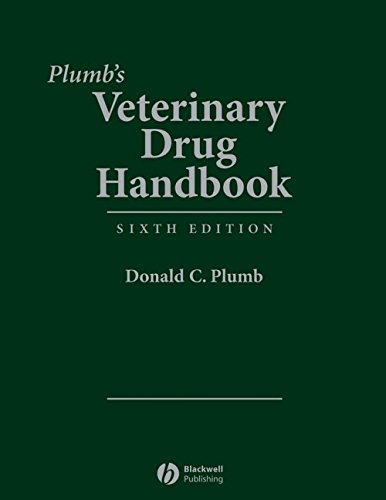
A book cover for Plumb's Veterinary Drug Handbook: Desk Edition; Donald C. Plumb; Medical Books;